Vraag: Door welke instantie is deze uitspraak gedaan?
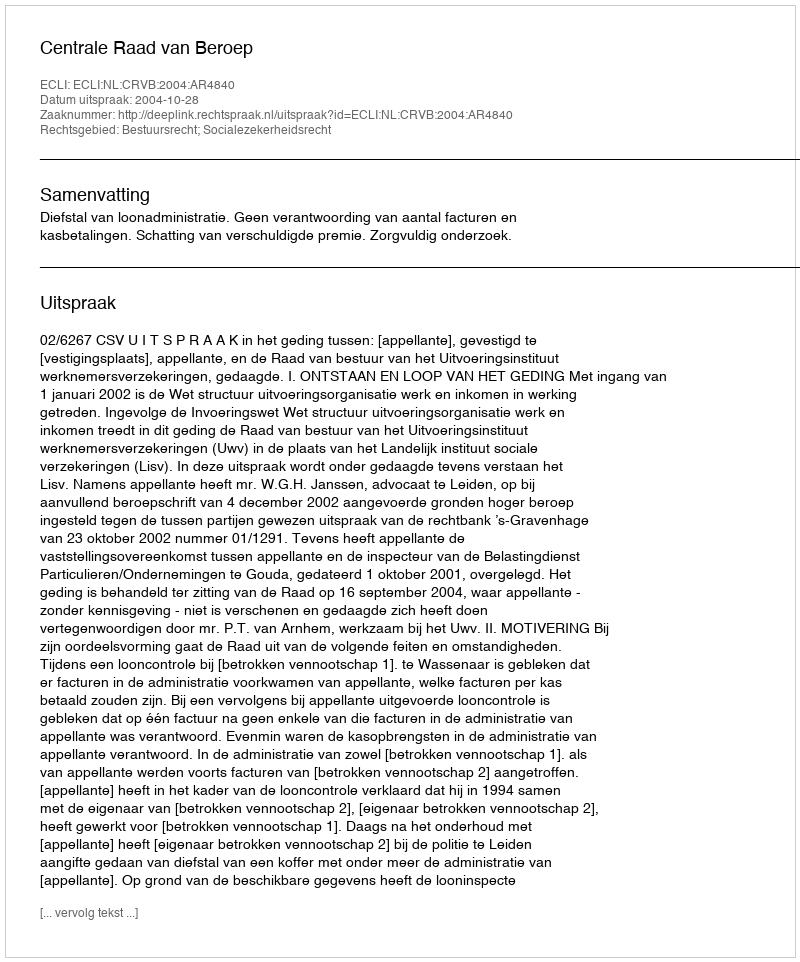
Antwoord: Centrale Raad van Beroep